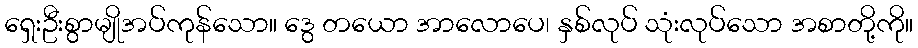
ရှေးဦးစွာမျိုအပ်ကုန်သော။ ဒွေ တယော အာလောပေ၊ နှစ်လုပ် သုံးလုပ်သော အစာတို့ကို။